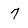
Character: 7